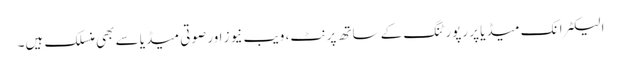
الیکٹرانک میڈیا پر رپورٹنگ کے ساتھ پرنٹ، ویب نیوز اور صوتی میڈیا سے بھی منسلک ہیں۔